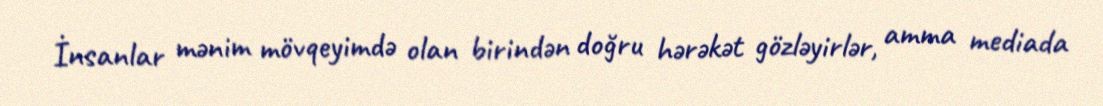
İnsanlar mənim mövqeyimdə olan birindən doğru hərəkət gözləyirlər, amma mediada